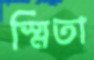
স্মিতা